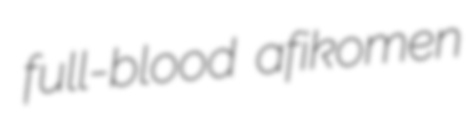
full-blood afikomen